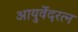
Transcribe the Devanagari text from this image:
आयुर्वेदरत्न